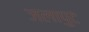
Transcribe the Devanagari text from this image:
जलापुट